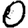
Digit: 0